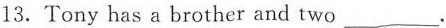
13.Tony has a brother and two___.